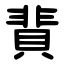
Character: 䩀